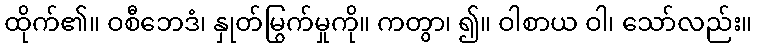
ထိုက်၏။ ဝစီဘေဒံ၊ နှုတ်မြွက်မှုကို။ ကတွာ၊ ၍။ ဝါစာယ ဝါ၊ သော်လည်း။